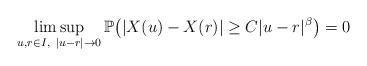
LaTeX: \begin{align*}\limsup_{ u,r \in I,\ |u-r| \rightarrow 0 } \mathbb{P}\big(|X(u)-X(r)|\geq C |u-r|^\beta \big)=0\end{align*}